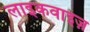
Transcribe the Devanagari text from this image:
लाइकवाइज़